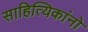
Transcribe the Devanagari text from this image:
साहित्यिकांनो